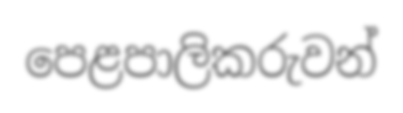
පෙළපාලිකරුවන්